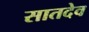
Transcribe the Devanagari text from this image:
सातदेव